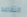
التقاعد